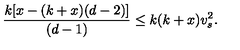
\frac { k [ x - ( k + x ) ( d - 2 ) ] } { ( d - 1 ) } \leq k ( k + x ) v _ { s } ^ { 2 } .